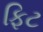
ફિટ